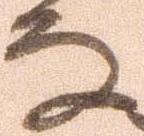
な